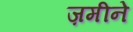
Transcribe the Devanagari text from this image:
ज़मीने